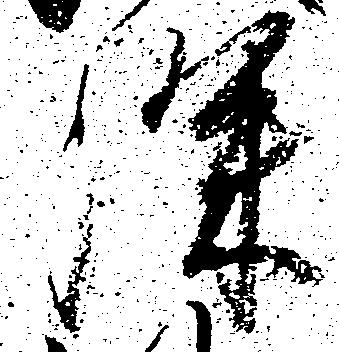
深